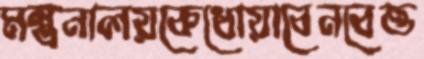
মন্ত্রনালয়কেধোয়াবেনবেত্ত